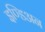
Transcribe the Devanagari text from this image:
इण्डिअन